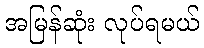
အမြန်ဆုံး လုပ်ရမယ်